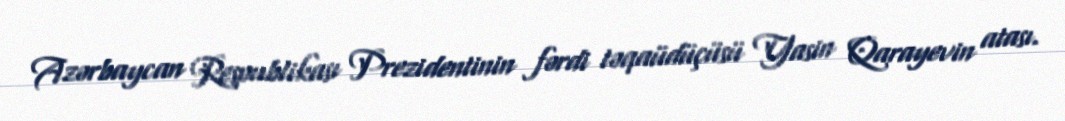
Azərbaycan Respublikası Prezidentinin fərdi təqaüdüçüsü Yasin Qarayevin atası.